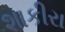
શાકીરા